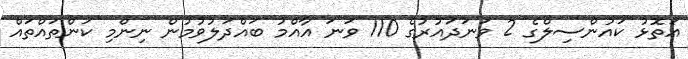
އަތޮޅު ކައުންސިލްގެ 2 ވަނަދައުރުގެ 110 ވަނަ އާއްމު ބައްދަލުވުމުން ނިންމި ކަންތައްތައް